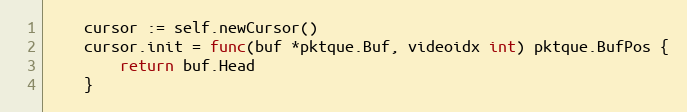
Language: Go
	cursor := self.newCursor()
	cursor.init = func(buf *pktque.Buf, videoidx int) pktque.BufPos {
		return buf.Head
	}